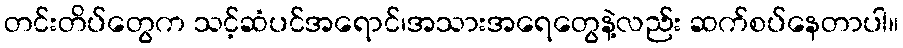
တင်းတိပ်တွေက သင့်ဆံပင်အရောင်၊အသားအရေတွေနဲ့လည်း ဆက်စပ်နေတာပါ။